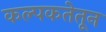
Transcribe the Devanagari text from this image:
कल्पकतेतून